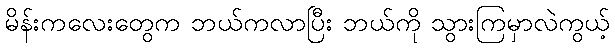
မိန်းကလေးတွေက ဘယ်ကလာပြီး ဘယ်ကို သွားကြမှာလဲကွယ့်